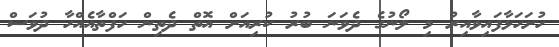
ހުށަހަޅާފައިވާއިރު މި ލޯނުގެ ދެވަނަ ބުރު ކުރިއަށް އޮތް ދެތިން ހަފްތާއެއްހާ ދުވަސް